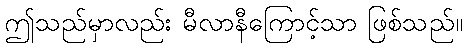
ဤသည်မှာလည်း မီလာနီကြောင့်သာ ဖြစ်သည်။